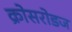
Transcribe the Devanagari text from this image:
क्रोसरोडज